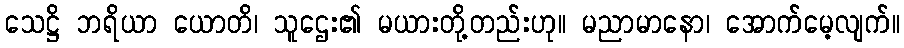
သေဋ္ဌိ ဘရိယာ ယောတိ၊ သူဌေး၏ မယားတို့တည်းဟု။ မညာမာနော၊ အောက်မေ့လျက်။